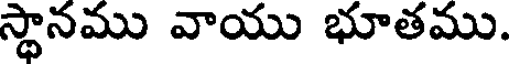
స్థానము వాయు భూతము.